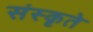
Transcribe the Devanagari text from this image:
संस्कृते